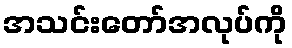
အသင်းတော်အလုပ်ကို